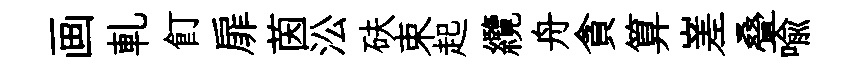
画軋飣扉茵㳂砆束起纜舟貪算嵳叠喻